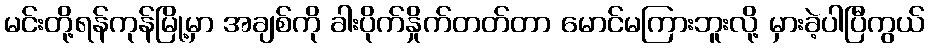
မင်းတို့ရန်ကုန်မြို့မှာ အချစ်ကို ခါးပိုက်နှိုက်တတ်တာ မောင်မကြားဘူးလို့ မှားခဲ့ပါပြီကွယ်